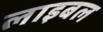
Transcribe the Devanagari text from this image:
लाइबल